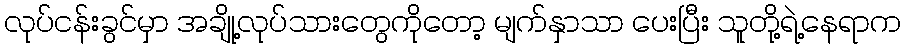
လုပ်ငန်းခွင်မှာ အချို့လုပ်သားတွေကိုတော့ မျက်နှာသာ ပေးပြီး သူတို့ရဲ့နေရာက